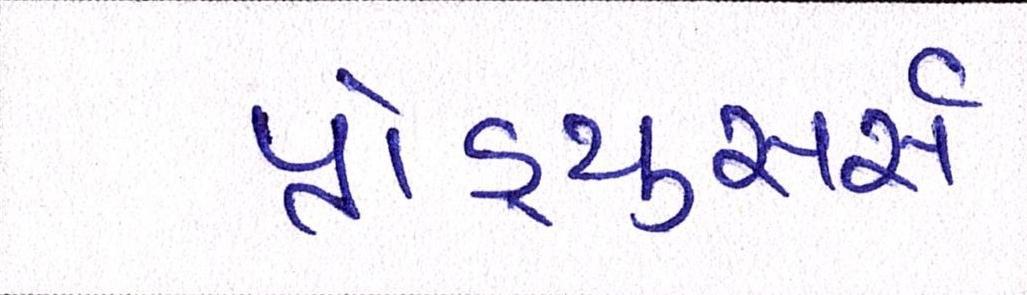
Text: પ્રોડ્યુસર્સ